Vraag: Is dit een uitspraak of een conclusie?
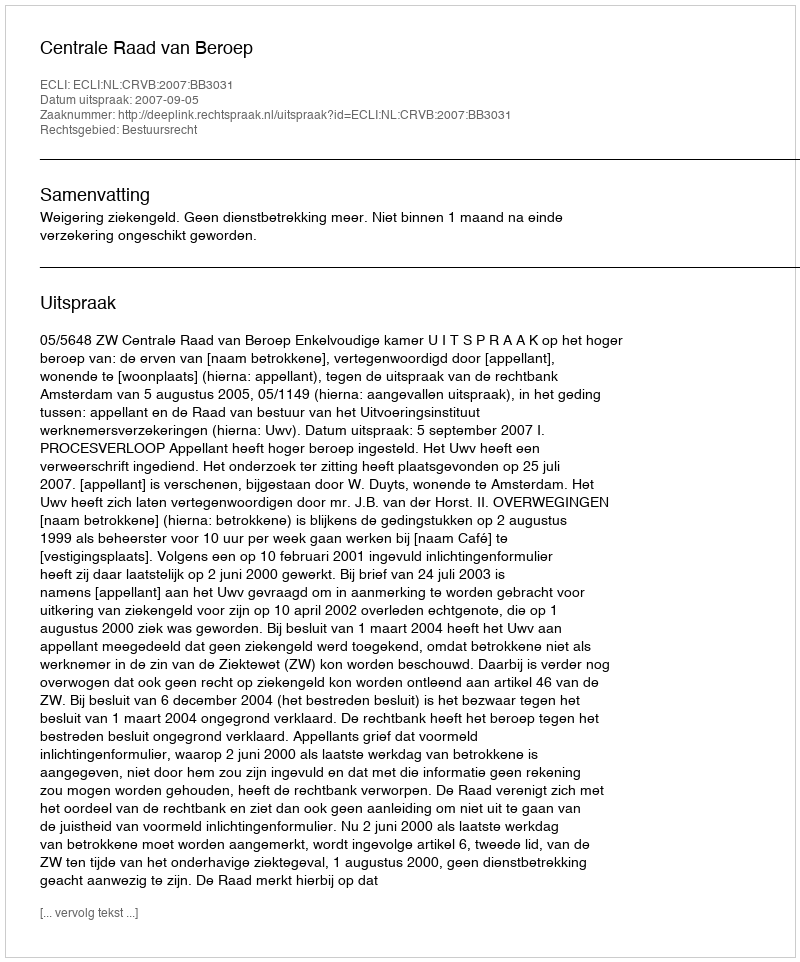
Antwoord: Uitspraak